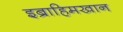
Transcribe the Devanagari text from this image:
इब्राहिमखान